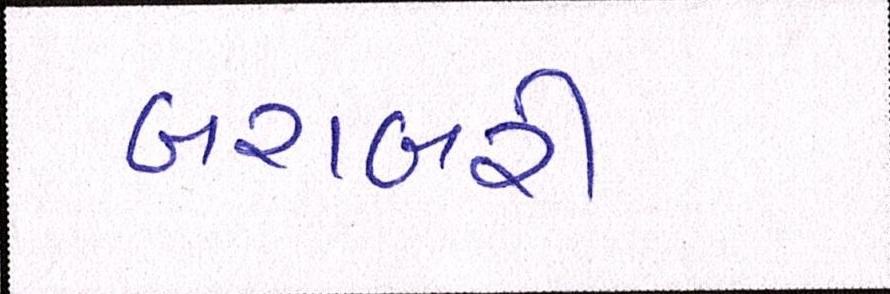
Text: બરાબરી